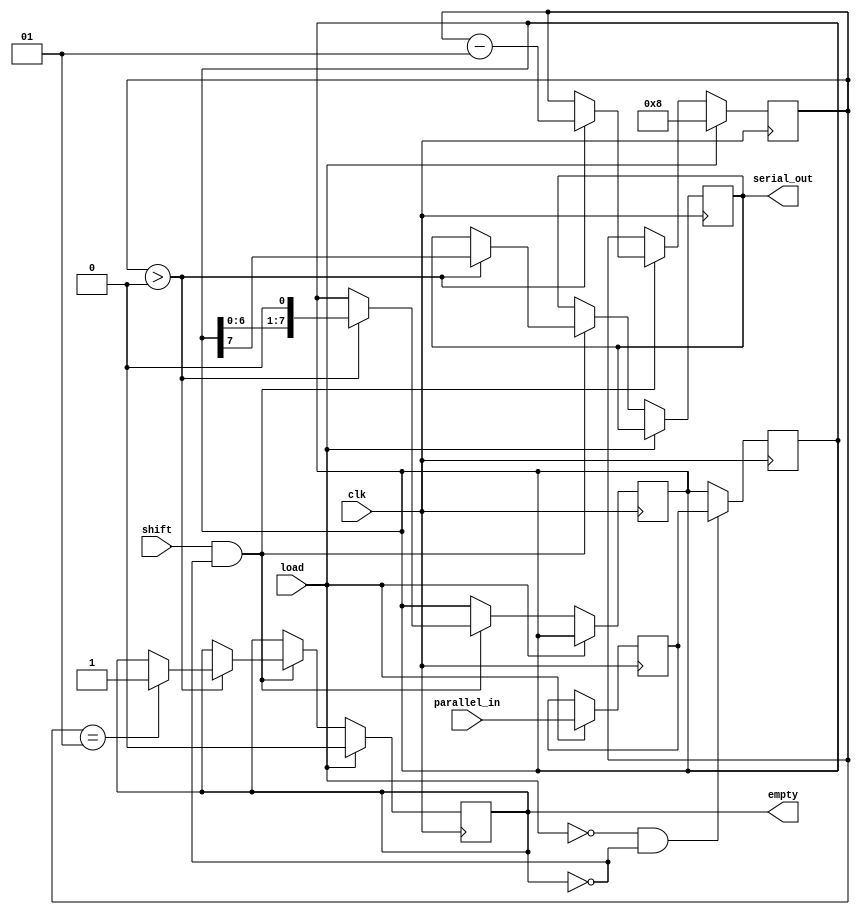
module PISO_Register #(
    parameter WIDTH = 8   // Parameter for the width of the register
)(
    input wire clk,       // Clock signal
    input wire load,      // Load signal to load data
    input wire shift,     // Shift signal to output data
    input wire [WIDTH-1:0] parallel_in, // Parallel input data
    output reg serial_out, // Serial output data
    output reg empty       // Indicates if the shift register is empty
);
    reg [WIDTH-1:0] stage1; // Stage 1 register
    reg [WIDTH-1:0] stage2; // Stage 2 register
    integer counter;        // Bit counter for shifting

    // Load operation when load signal is asserted
    always @(posedge clk) begin
        if (load) begin
            stage1 <= parallel_in; // Load data into Stage 1
            counter <= WIDTH;       // Reset counter for shifting
            empty <= 0;            // Data is present
        end else if (shift && !empty) begin
            if (counter > 0) begin
                // Shift data from Stage 2 to output
                serial_out <= stage2[WIDTH-1];
                stage2 <= {stage2[WIDTH-2:0], 1'b0}; // Shift left
                counter <= counter - 1; // Decrement counter
                
                // If counter reaches 0 after shifting, mark as empty
                if (counter == 1) begin
                    empty <= 1; // Shift register is now empty
                end
            end
        end
    end

    // Transfer data from Stage 1 to Stage 2 on clock edge
    always @(posedge clk) begin
        if (!load && !empty) begin
            stage2 <= stage1; // Transfer data from Stage 1 to Stage 2
        end
    end

endmodule